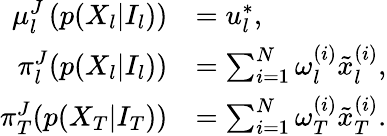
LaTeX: \begin{array}{rl}{\mu_{l}^{J}\left(p(X_{l}\vert I_{l})\right)}&{=u_{l}^{*},}\\ {\pi_{l}^{J}(p(X_{l}\vert I_{l}))}&{=\sum_{i=1}^{N}\omega_{l}^{(i)}\tilde{x}_{l}^{(i)},}\\ {\pi_{T}^{J}(p(X_{T}\vert I_{T}))}&{=\sum_{i=1}^{N}\omega_{T}^{(i)}\tilde{x}_{T}^{(i)}.}\end{array}